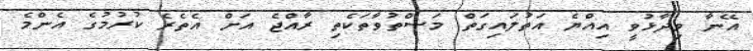
އޭނާ ވިދާޅުވީ އިއްޔެ އަތުލައިގަތް މަސްތުވާތަކެތި ރާއްޖެ އަށް އެތެރެ ކުރުމުގެ އެންމެ